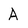
Character: A